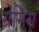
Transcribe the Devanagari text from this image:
ग्रेमिस